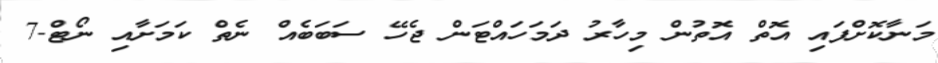
މަނާކޮށްފައި އޮތް އޮތުން މިހާރު ދަމަހައްޓަން ޖެހޭ ސަބަބެއް ނެތް ކަމަށާއި ނޯޓް-7